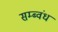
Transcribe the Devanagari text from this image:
सम्ब्वंध